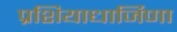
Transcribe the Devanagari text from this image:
प्रशियाधार्जिणा